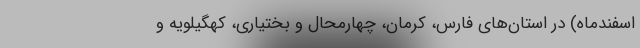
اسفندماه) در استان‌های فارس، کرمان، چهارمحال و بختیاری، کهگیلویه و